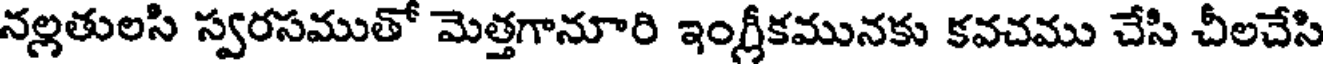
నల్లతులసి స్వరసముతో మెత్తగానూరి ఇంగ్రీకమునకు కవచము చేసి చీలచేసి